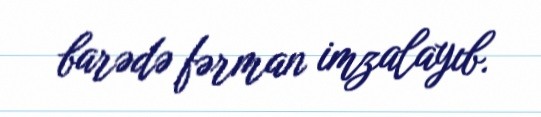
barədə fərman imzalayıb.